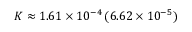
K \approx 1 . 6 1 \times 1 0 ^ { - 4 } \, ( 6 . 6 2 \times 1 0 ^ { - 5 } )